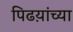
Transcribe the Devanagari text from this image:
पिढय़ांच्या